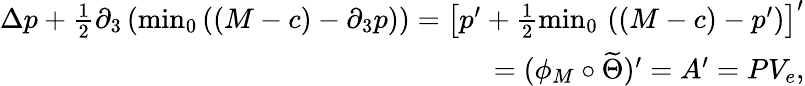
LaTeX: \begin{array}{r}{\Delta p+\frac{1}{2}\partial_{3}\left({\operatorname*{min}}_{0}\, ((M-c)-\partial_{3}p)\right)=\left[p^{\prime}+\frac{1}{2}{\operatorname*{min}}_{0}\, \left((M-c)-p^{\prime}\right)\right]^{\prime}}\\ {=(\phi_{M}\circ\widetilde{\Theta})^{\prime}=A^{\prime}=PV_{e},}\end{array}